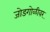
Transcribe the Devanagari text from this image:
जोडगोळीवर